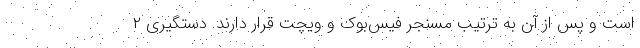
است و پس از آن به ترتیب مسنجر فیس‌بوک و ویچت قرار دارند. دستگیری ۲